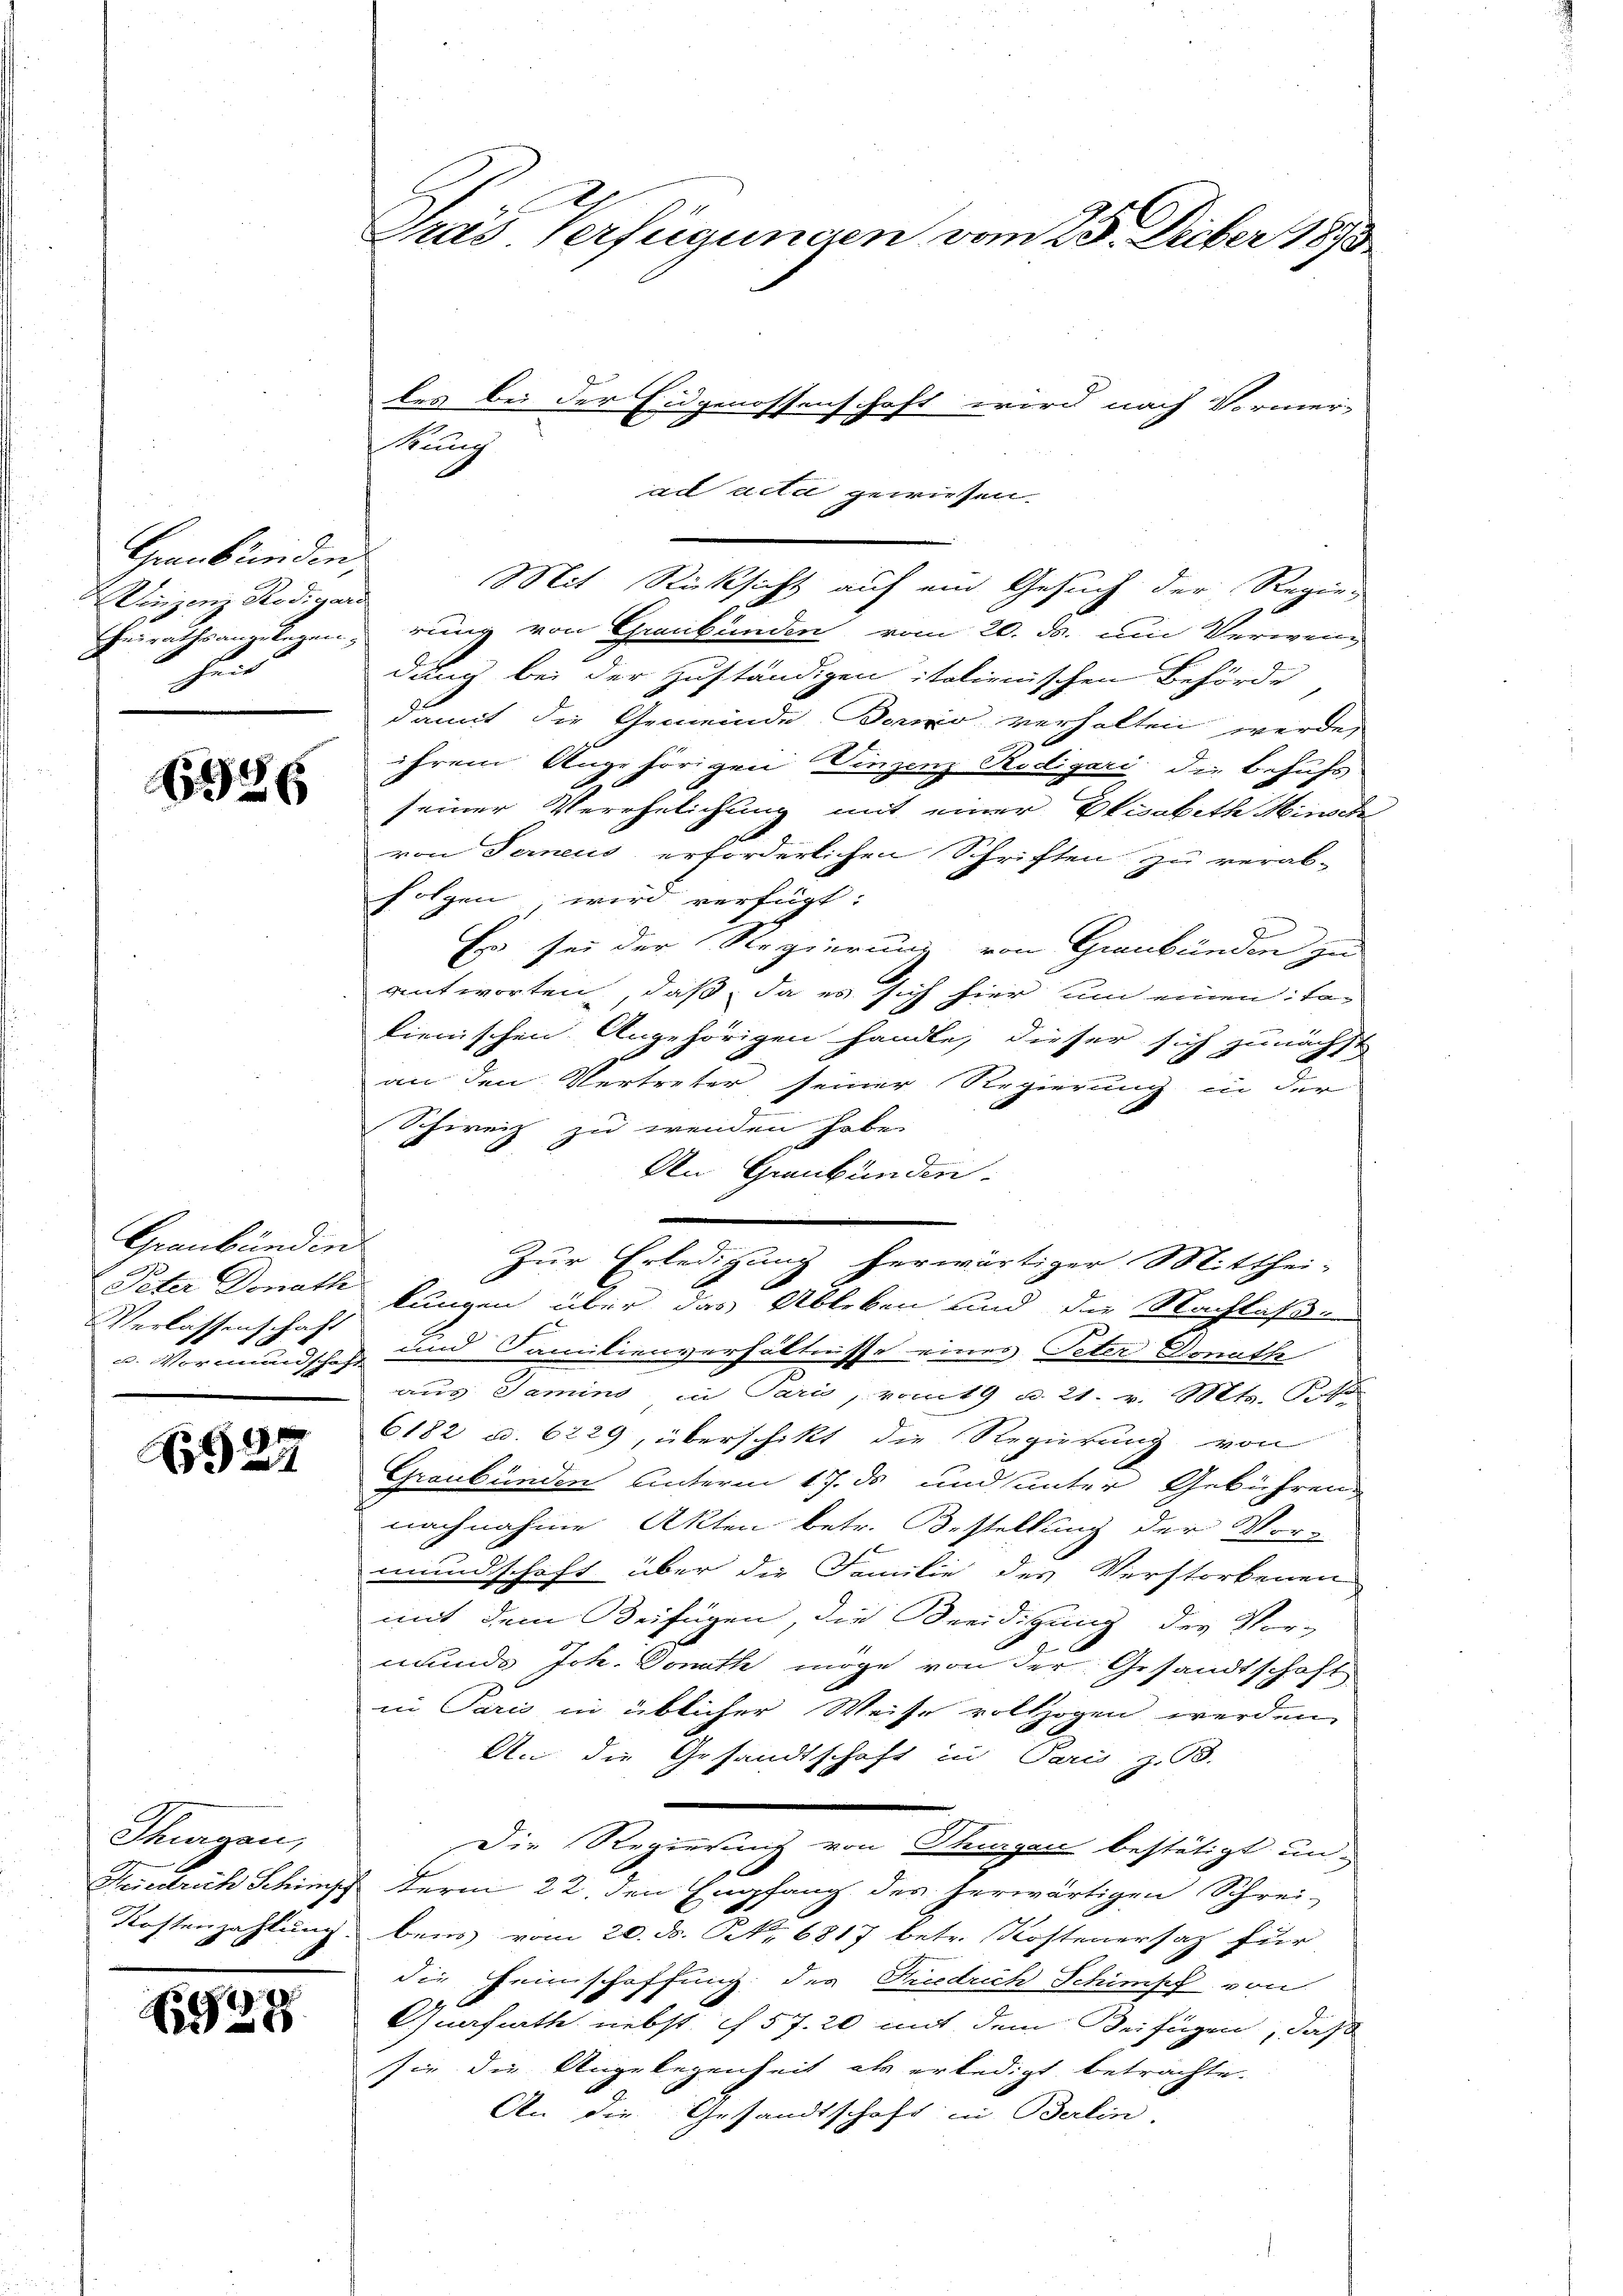
Graub in dies
Waizenz Rodigand
heit

6386

Graubünden
Verlassenschaft

27

Thurgau,

928

Gras Verfügungen vom 25. Aber 1893

ung
ad acta gewiesen
Mit Rücksicht auf ein Gesuch der Regier
heirathsangelegen, rung von Graubünden vom 20. ds. um Verweng
dung bei der zuständigen italienischen Behörde
damit die Gemeinde Bero verhalten werde,
ihrem Angehörigen Vinzenz Rodigari die Behufs
seiner Verehelichung mit einer Elisabeth Minische
von Ferneus erforderlichen Schriften zu verab-
folgen wird verfügt:
Er sei der Regierung von Graubünden zu
antworten, daß da es sich hier um einen talienischen Angehörigen handle, dieser sich zunächst
an den Vertreter seiner Regierung in der
Schweiz zu wenden habe.
An Graubünden.
Zur Erledigung herwärtiger Mitthei-
 Peter Donath kungen über das Ableben und die Nachlaßen
E
u. Vormundsch und Familienverhältnisse eines Peter Donath
aus Samins, in Pari, vom 19 u. 21. v. Mts. Tess
6182 c. 6229, überschikt die Regierung von
Graubünden unterm 17. ds und unter Gebühren
nachnahme Akten betr. Bestellung der Vor-
mundschaft über die Familie des Verstorbenen
mit dem Beifügen, die Beeidigung des Vor-
munds Joh. Donath möge von der Gesandtschaft
in Paris in üblicher Weise vollzogen werden,
An die Gesandtschaft in Paris, z. 93.
Die Regierung von Tragen bestätigt un
Friedrich Schimpf derm 22. den Empfang des herwärtigen Schrei-
Kostenzahlung beis vom 20. d. N. 6817 betr. Kostenersatz für
die Heimschaffung der Friedrich Schimpf von
Querfuth, nebst 57. 20 mit dem Beifügen, daß
sie die Angelegenheit als erledigt betrachte.
An die Gesandtschäft in Berlin

I

les bei der Eidgenossenschaft wird nach Vormer-